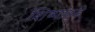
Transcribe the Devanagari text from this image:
शिष्यांपुढे